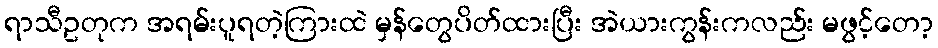
ရာသီဥတုက အရမ်းပူရတဲ့ကြားထဲ မှန်တွေပိတ်ထားပြီး အဲယားကွန်းကလည်း မဖွင့်တော့